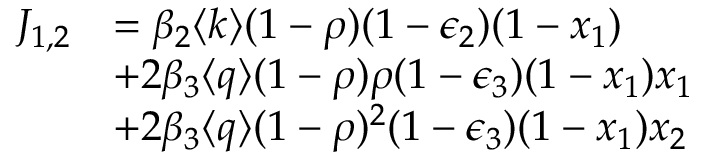
\begin{array} { r l } { J _ { 1 , 2 } } & { = \beta _ { 2 } \langle k \rangle ( 1 - \rho ) ( 1 - \epsilon _ { 2 } ) ( 1 - x _ { 1 } ) } \\ & { + 2 \beta _ { 3 } \langle q \rangle ( 1 - \rho ) \rho ( 1 - \epsilon _ { 3 } ) ( 1 - x _ { 1 } ) x _ { 1 } } \\ & { + 2 \beta _ { 3 } \langle q \rangle ( 1 - \rho ) ^ { 2 } ( 1 - \epsilon _ { 3 } ) ( 1 - x _ { 1 } ) x _ { 2 } } \end{array}